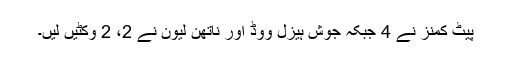
پیٹ کمنز نے 4 جبکہ جوش ہیزل ووڈ اور ناتھن لیون نے 2، 2 وکٹیں لیں۔